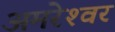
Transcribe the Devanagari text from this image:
अमरेश्‍वर